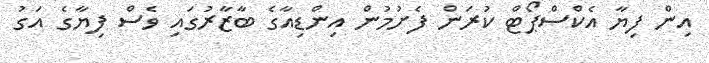
އިން ފިޔާ އެކްސްޕޯޓް ކުރަން ފެށުމުން އިންޑިއާގެ ބާޒާރުގައި ވެސް ފިޔާގެ އަގު